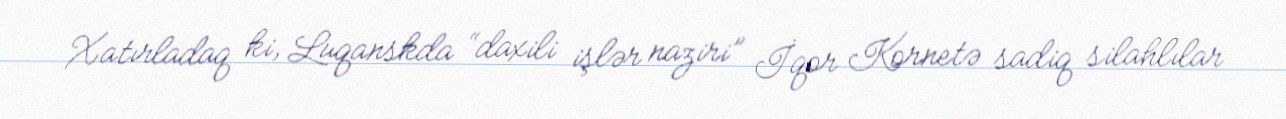
Xatırladaq ki, Luqanskda “daxili işlər naziri” İqor Kornetə sadiq silahlılar